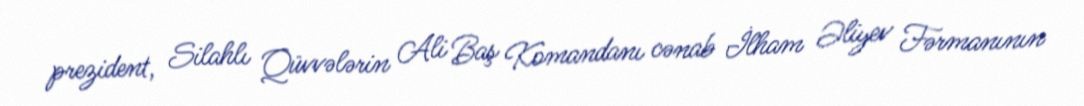
prezident, Silahlı Qüvvələrin Ali Baş Komandanı cənab İlham Əliyev Fərmanının